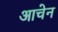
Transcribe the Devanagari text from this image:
आचेन